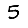
Digit: 5